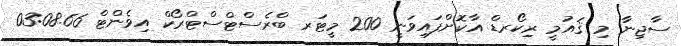
ސާޖިނާ މި ޤައުމީ ރިކޯރޑް އާކޮށްފައިވަނީ 200 މީޓަރ ބްރެސްޓްސްޓްރޯކް އިވެންޓް 03:08.66